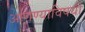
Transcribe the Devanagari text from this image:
आणण्याविषयी